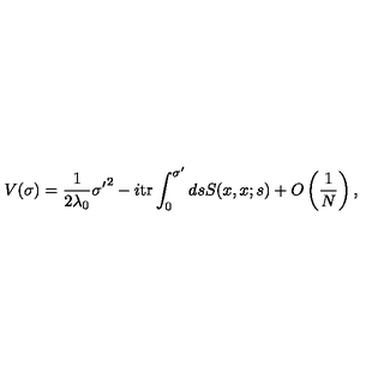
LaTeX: V ( \sigma ) = \frac { 1 } { 2 \lambda _ { 0 } } { \sigma ^ { \prime } } ^ { 2 } - i \mathrm { t r } \int _ { 0 } ^ { \sigma ^ { \prime } } d s S ( x , x ; s ) + O \left( \frac { 1 } { N } \right) ,